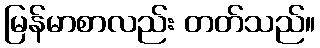
မြန်မာစာလည်း တတ်သည်။